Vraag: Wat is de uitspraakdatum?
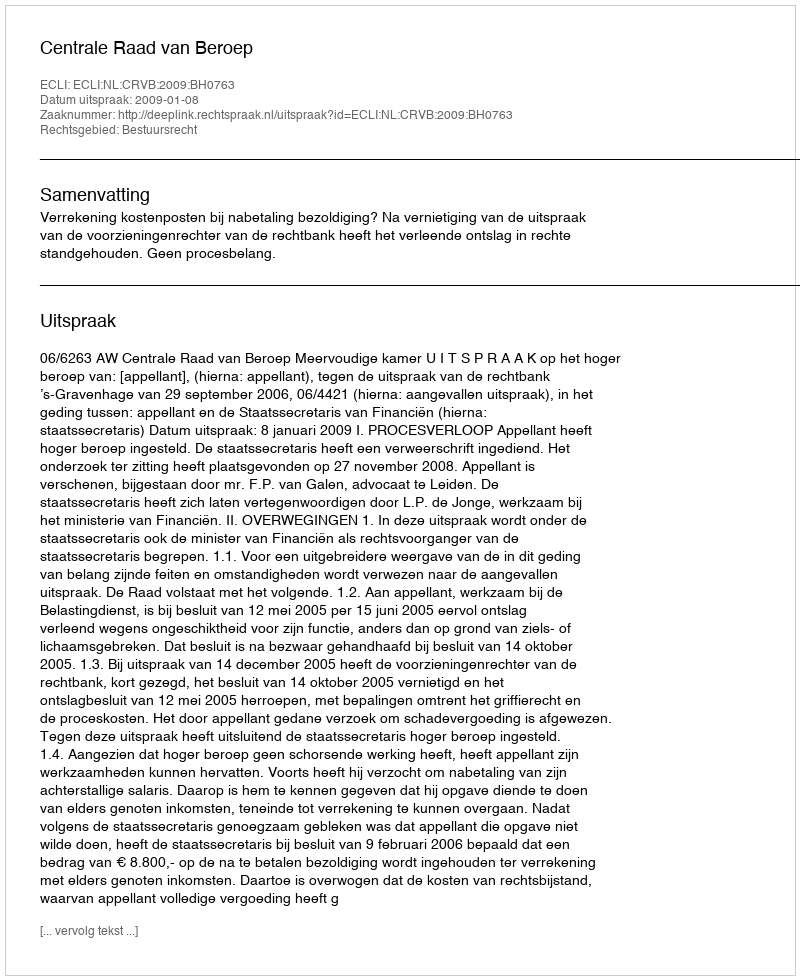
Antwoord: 2009-01-08